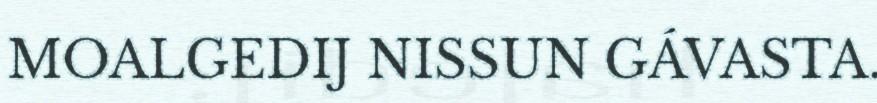
MOALGEDIJ NISSUN GÁVASTA.